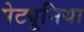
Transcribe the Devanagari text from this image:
पेट्यूनिया